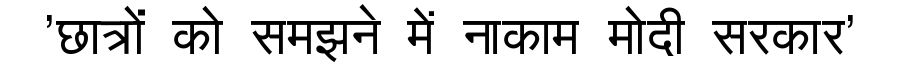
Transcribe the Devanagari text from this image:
'छात्रों को समझने में नाकाम मोदी सरकार'